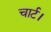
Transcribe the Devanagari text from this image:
चार्ट।